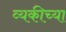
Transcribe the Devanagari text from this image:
व्यकीच्या